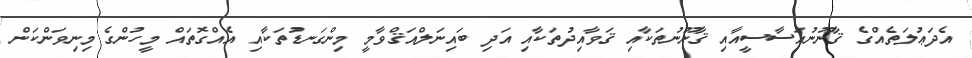
އެދަޢުލަތެއްގެ ޤާނޫނުއަސާސީއާއި ޤާނޫނުތަކާއި ޤަވާއިދުތަކާއި އަދި ބައިނަލްއަޤްވާމީ މިންގަނޑުތަކާއި އެއްގޮތައް މީހުންގެ މިނިވަންކަން